Annual report on the working of the lock hospitals in the North-Western Provinces and Oudh
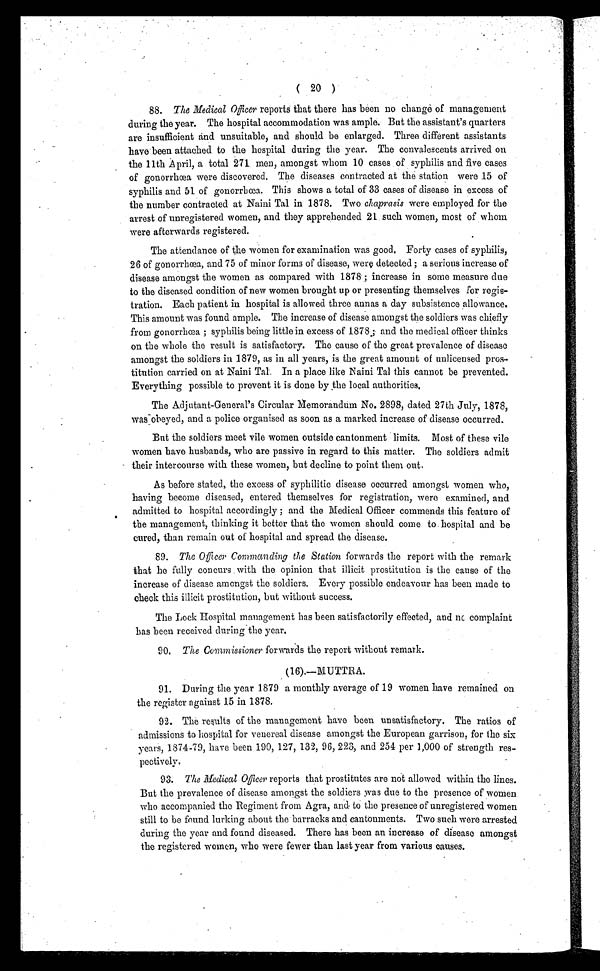
( 20 )
88. The Medical Officer reports that there has been no change of management
during the year. The hospital accommodation was ample. But the assistant's quarters
are insufficient and unsuitable, and should be enlarged. Three different assistants
have been attached to the hospital during the year. The convalescents arrived on
the 11th April, a total 271 men, amongst whom 10 cases of syphilis and five cases
of gonorrhœa were discovered. The diseases contracted at the station were 15 of
syphilis and 51 of gonorrhœa. This shows a total of 33 cases of disease in excess of
the number contracted at Naini Tal in 1878. Two c haprasis were employed for the
arrest of unregistered women, and they apprehended 21 such women, most of whom
were afterwards registered.
The attendance of the women for examination was good. Forty cases of syphilis,
26 of gonorrhœa, and 75 of minor forms of disease, were detected ; a serious increase of
disease amongst the women as compared with 1878 ; increase in some measure due
to the diseased condition of new women brought up or presenting themselves for regis-
tration. Each patient in hospital is allowed three annas a day subsistence allowance.
This amount was found ample. The increase of disease amongst the soldiers was chiefly
from gonorrhœa ; syphilis being little in excess of 1878; and the medical officer thinks
on the whole the result is satisfactory. The cause of the great prevalence of disease
amongst the soldiers in 1879, as in all years, is the great amount of unlicensed pros
- t i t u t i o n c a r r i e d o n a t N a i n i T a l I n a p l a c e l i k e N a i n i T a l t h i s c a n n o t b e p r e v e n t e d .
Everything possible to prevent it is done by the local authorities.
The Adjutant-General's Circular Memorandum No. 2898, dated 27th July, 1878,
was obeyed, and a police organised as soon as a marked increase of disease occurred.
But the soldiers meet vile women outside cantonment limits. Most of these vile
women have husbands, who are passive in regard to this matter. The soldiers admit
their intercourse with these women, but decline to point them out.
As before stated, the excess of syphilitic disease occurred amongst women who,
having become diseased, entered themselves for registration, were examined, and
admitted to hospital accordingly ; and the Medical Officer commends this feature of
the management, thinking it better that the women should come to hospital and be
cured, than remain out of hospital and spread the disease.
89. The Officer comm an ding the Station forwards the report with the remark
that he fully concurs with the opinion that illicit prostitution is the cause of the
increase of disease amongst the soldiers. Every possible endeavour has been made to
check this illicit prostitution, but without success.
The Lock Hospital management has been satisfactorily effected, and no complaint
has been received during the year.
90. The Commissioner forwards the report without remark.
(16).—MUTTRA.
91. During the year 1879 a monthly average of 19 women have remained on
the register against 15 in 1878.
92. The results of the management have been unsatisfactory. The ratios of
admissions to hospital for venereal disease amongst the European garrison, for the six
years, 1874-79, have been 190, 127, 132, 96, 223, and 254 per 1,000 of strength res-
pectively.
93. The Medical Offcer reports that prostitutes are not allowed within the lines.
But the prevalence of disease amongst the soldiers was due to the presence of women
who accompanied the Regiment from Agra, and to the presence of unregistered women
still to be found lurking about the barracks and cantonments. Two such were arrested
during the year and found diseased. There has been an increase of disease amongst
the registered women, who were fewer than last year from various causes.